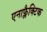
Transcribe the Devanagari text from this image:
एनाफ्लैक्टिक